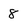
Character: 8